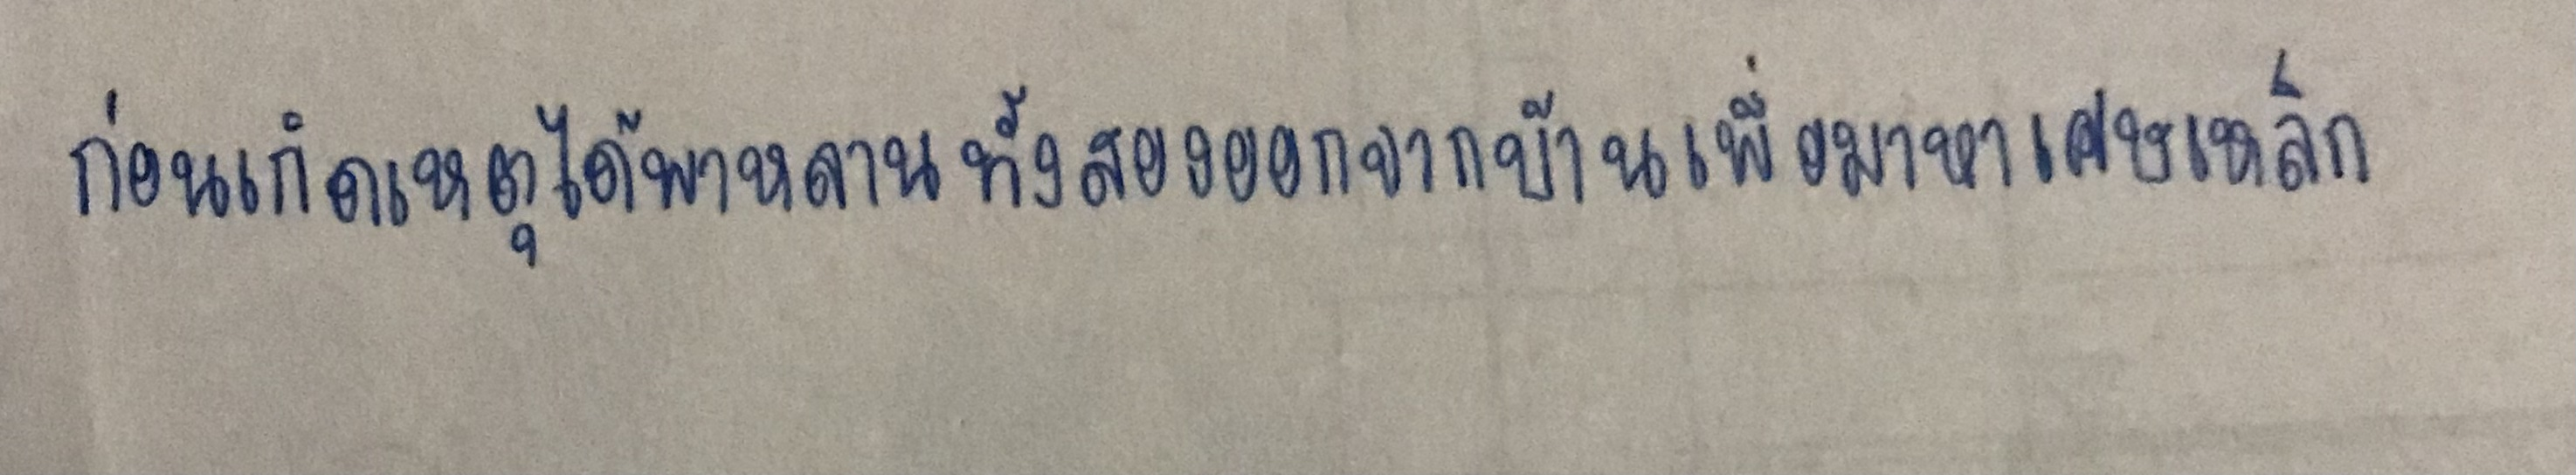
ก่อนเกิดเหตุได้พาหลานทั้งสองออกจากบ้านเพื่อมาหาเศษเหล็ก